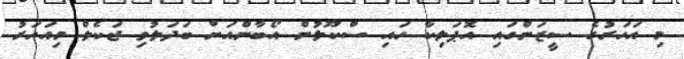
މި އަހަރުގެ ސީޒަންގައި އޮޕަލިކާ ހައި ސްކޫލުން އޯބާންއަށް ބަދަލުވި ޖަކެލް މިއަހަރު